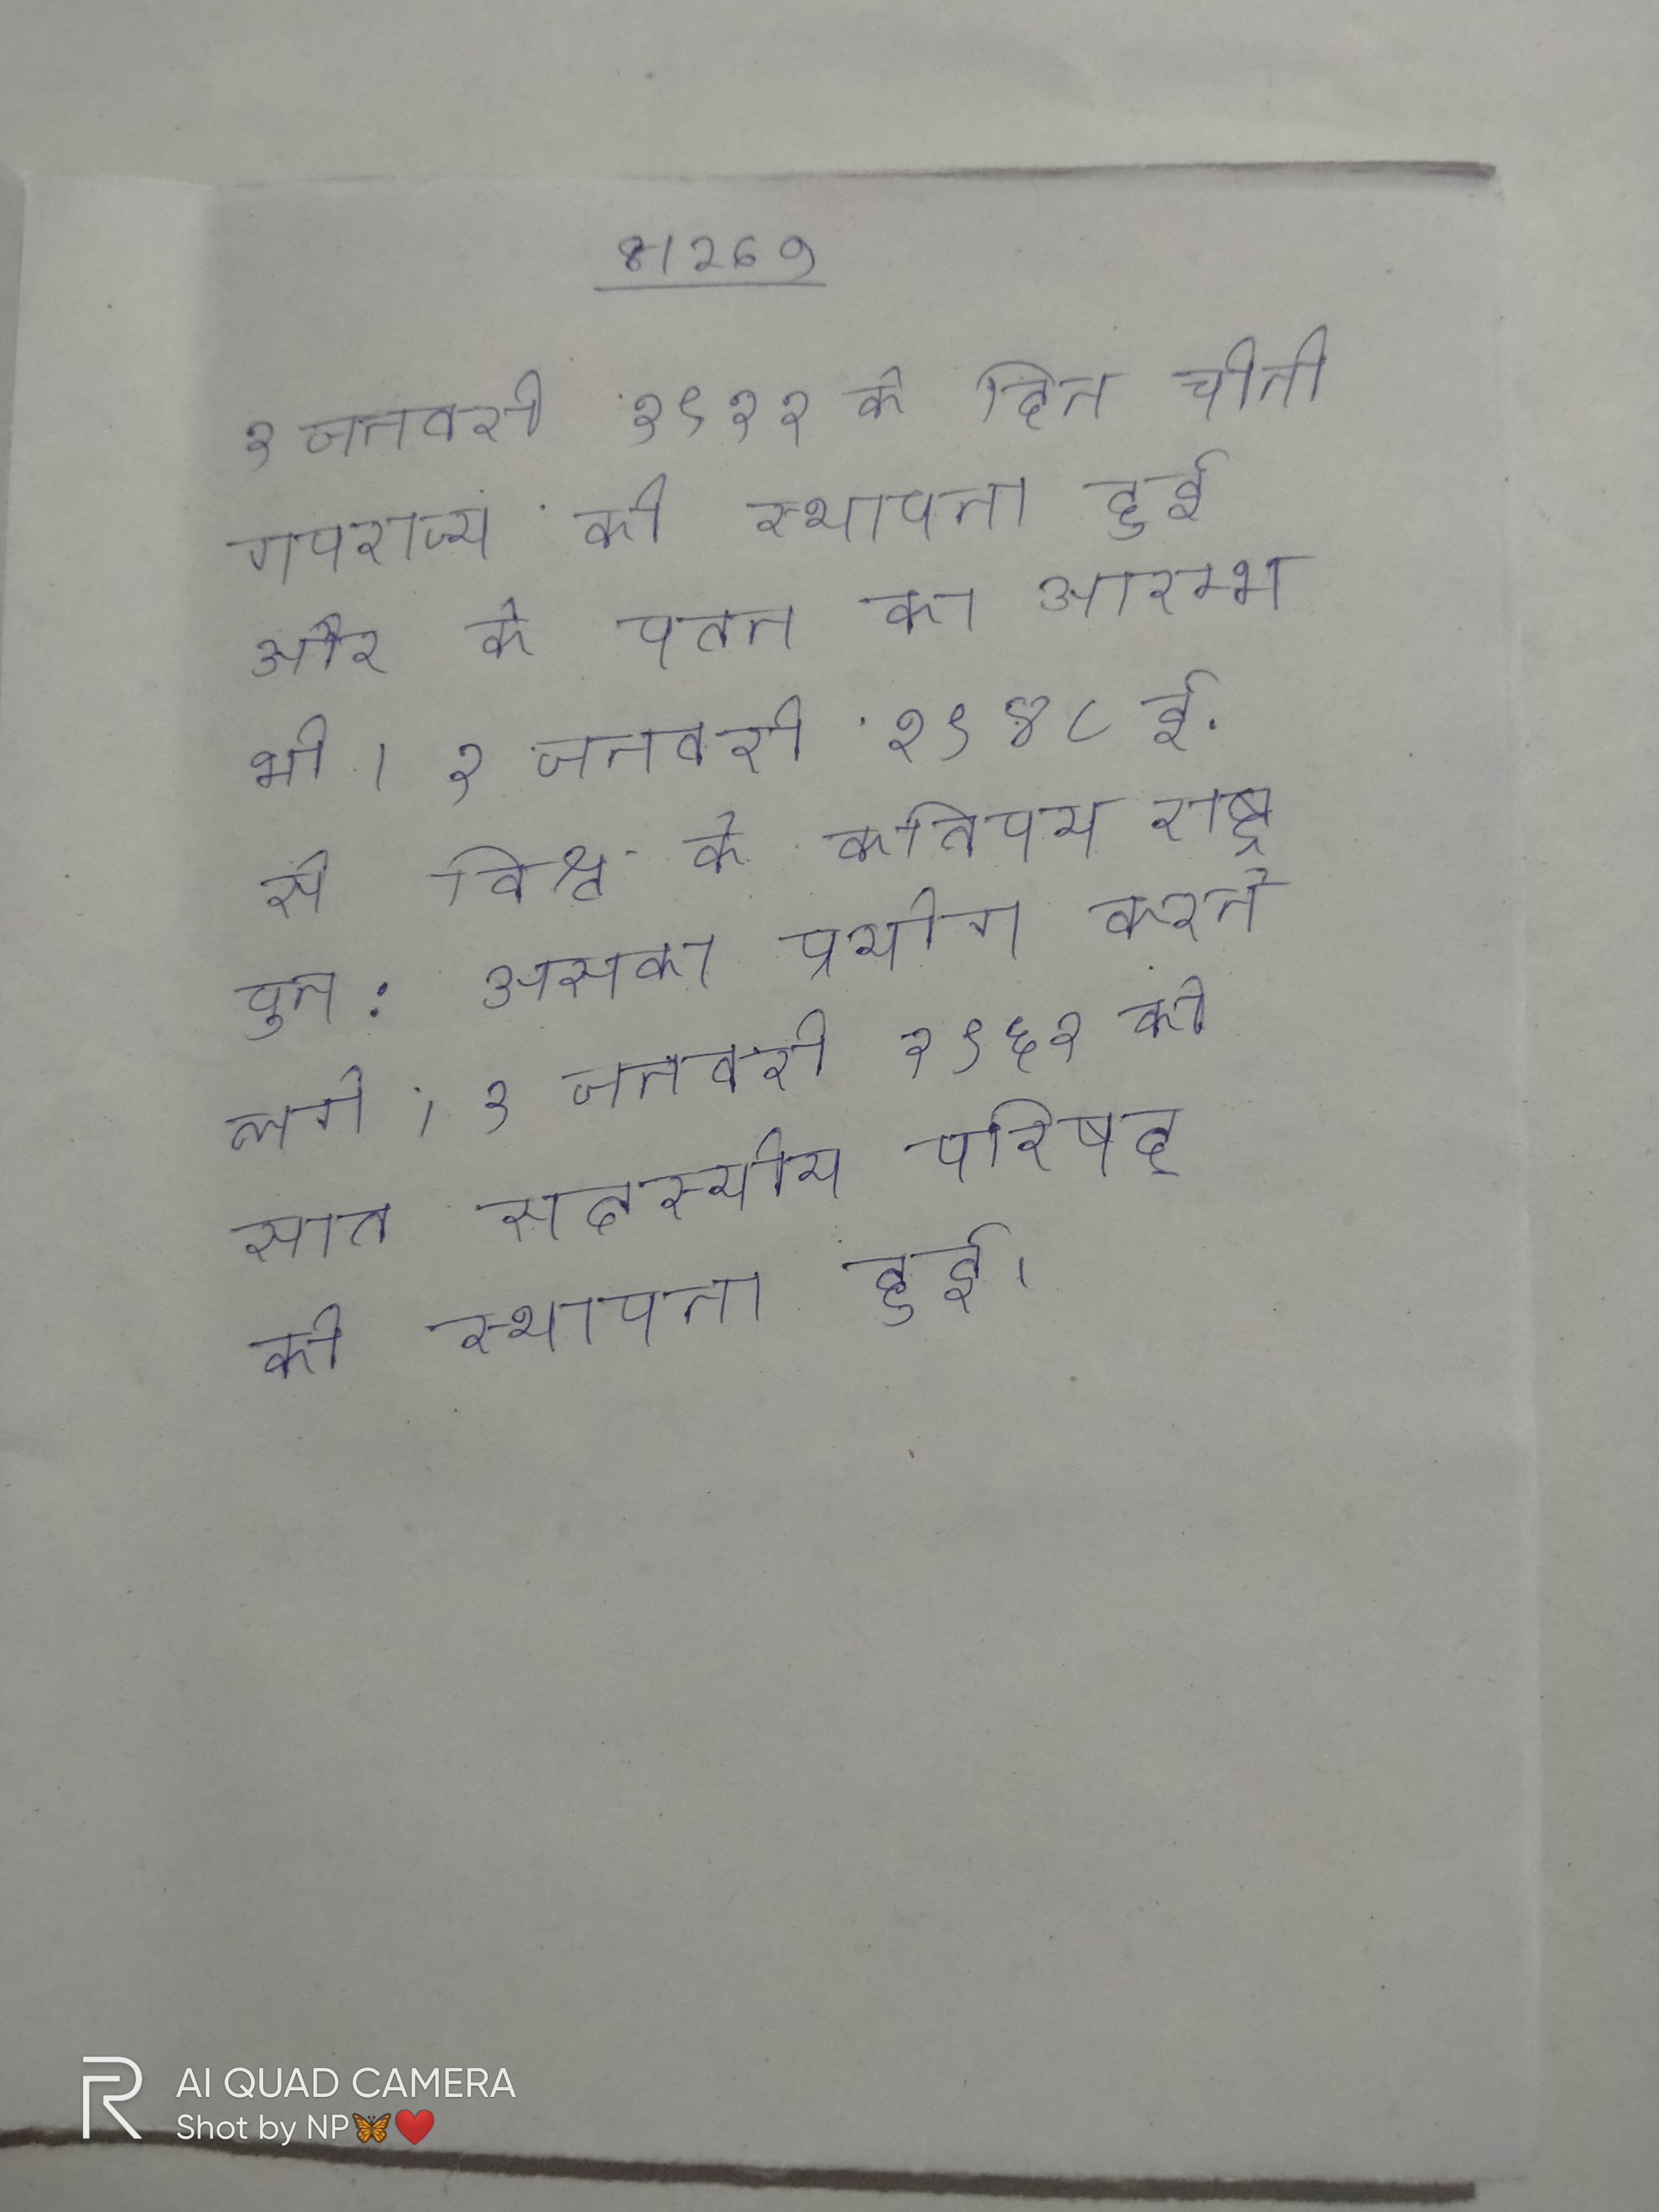
१ जनवरी १९१२ के दिन चीनी गणराज्य की स्थापना हुई और के पतन का आरम्भ भी । १ जनवरी १९४८ ई. से विश्व के कतिपय राष्ट्र पुन: उसका प्रयोग करने लगे । १ जनवरी १९६१ को सात सदस्यीय परिषद् की स्थापना हुई ।